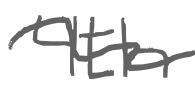
Text: 4th
Cross-out: wave
Writing tool: digital_gray